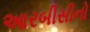
આરબીસીનો